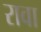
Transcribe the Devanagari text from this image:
रावा